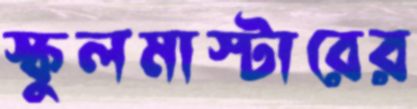
স্কুলমাস্টারের